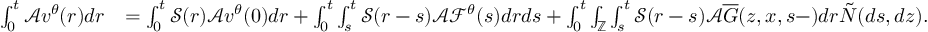
\begin{array} { r l } { \int _ { 0 } ^ { t } \mathcal { A } \displaystyle v ^ { \theta } ( r ) d r } & { = \int _ { 0 } ^ { t } \mathcal { S } ( r ) \mathcal { A } v ^ { \theta } ( 0 ) d r + \int _ { 0 } ^ { t } \int _ { s } ^ { t } \mathcal { S } ( r - s ) \mathcal { A } \mathcal { F } ^ { \theta } ( s ) d r d s + \int _ { 0 } ^ { t } \int _ { \mathbb { Z } } \int _ { s } ^ { t } \mathcal { S } ( r - s ) \mathcal { A } \overline { { G } } ( z , x , s - ) d r \tilde { N } ( d s , d z ) . } \end{array}